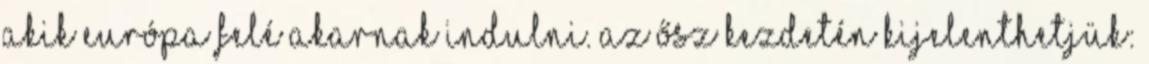
akik Európa felé akarnak indulni. Az ősz kezdetén kijelenthetjük: